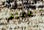
بالحفاظ